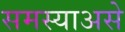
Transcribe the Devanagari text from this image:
समस्याअसे